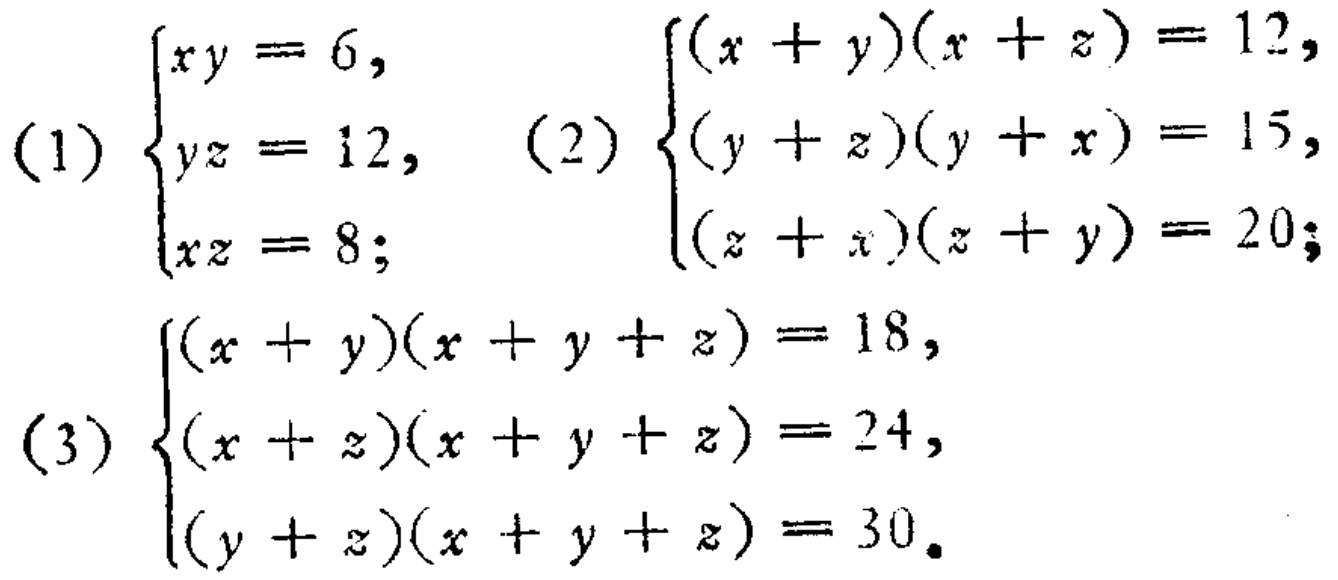
(1) $\begin{cases}xy = 6,\\yz = 12,\\xz = 8;\end{cases}$ (2) $\begin{cases}(x + y)(x + z)=12,\\(y + z)(y + x)=15,\\(z + x)(z + y)=20;\end{cases}$ (3) $\begin{cases}(x + y)(x + y + z)=18,\\(x + z)(x + y + z)=24,\\(y + z)(x + y + z)=30.\end{cases}$